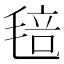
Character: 毰